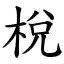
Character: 梲